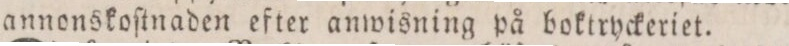
annonskoſtnaden efter anwisning på boktryckeriet.